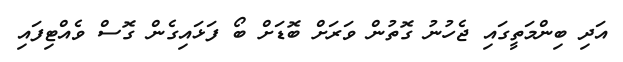
އަދި ބިންމަތީގައި ޖެހުުނު ގޮތުން ވަރަށް ބޮޑަށް ބޯ ފަޅައިގެން ގޮސް ވެއްޓިފައި